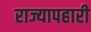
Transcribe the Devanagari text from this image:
राज्यापहारी